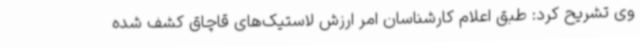
وی تشریح کرد: طبق اعلام کارشناسان امر ارزش لاستیک‌های قاچاق کشف شده